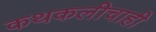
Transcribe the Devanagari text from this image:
कथकलीचाही